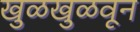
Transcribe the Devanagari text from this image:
खुळखुळवून